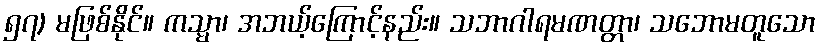
၅၇) မဖြစ်နိုင်။ ကသ္မာ၊ အဘယ့်ကြောင့်နည်း။ သဘာဂါရမဏတ္တာ၊ သဘောမတူသော